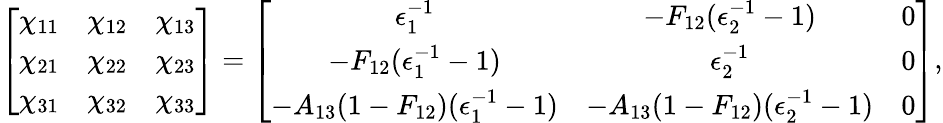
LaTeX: \left[\begin{array}{ccc}{\chi_{11}}&{\chi_{12}}&{\chi_{13}}\\ {\chi_{21}}&{\chi_{22}}&{\chi_{23}}\\ {\chi_{31}}&{\chi_{32}}&{\chi_{33}}\end{array}\right]=\left[\begin{array}{ccc}{\epsilon_{1}^{-1}}&{-F_{12}(\epsilon_{2}^{-1}-1)}&{0}\\ {-F_{12}(\epsilon_{1}^{-1}-1)}&{\epsilon_{2}^{-1}}&{0}\\ {-A_{13}(1-F_{12})(\epsilon_{1}^{-1}-1)}&{-A_{13}(1-F_{12})(\epsilon_{2}^{-1}-1)}&{0}\end{array}\right]{,}